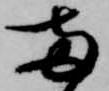
両